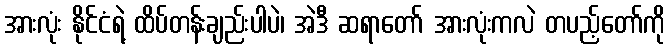
အားလုံး နိုင်ငံရဲ့ ထိပ်တန်းချည်းပါပဲ၊ အဲဒီ ဆရာတော် အားလုံးကလဲ တပည့်တော်ကို